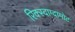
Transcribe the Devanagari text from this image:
रिक्स्दाग्दामोट